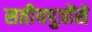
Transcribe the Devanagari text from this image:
सतीयपुत्रोंसे